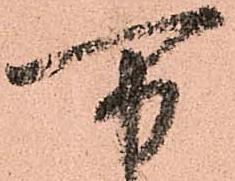
万